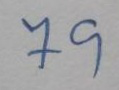
79